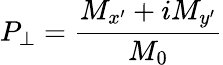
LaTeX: P_{\perp}=\frac{M_{x^{\prime}}+iM_{y^{\prime}}}{M_{0}}